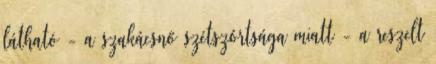
látható - a szakácsnő szétszórtsága miatt - a reszelt